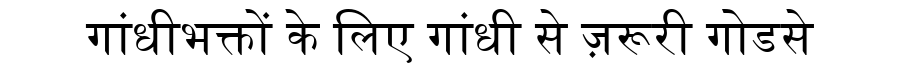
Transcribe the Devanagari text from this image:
गांधीभक्तों के लिए गांधी से ज़रूरी गोडसे